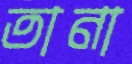
তানা